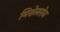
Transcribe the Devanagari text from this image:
मिशेलसेन